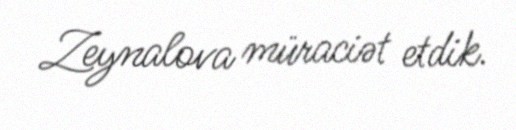
Zeynalova müraciət etdik.